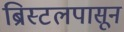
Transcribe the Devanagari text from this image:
ब्रिस्टलपासून